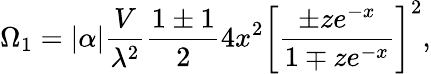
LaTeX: \Omega_{1}=|\alpha|{\frac{V}{\lambda^{2}}}{\frac{1\pm 1}{2}}4x^{2}\left[{\frac{\pm ze^{-x}}{1\mp ze^{-x}}}\right]^{2},